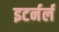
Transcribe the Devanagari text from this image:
इटर्नर्ल